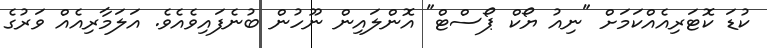
ކުޑަ ކޮޓަރިއެއްކަމަށް "ނިއު ޔޯކް ޕޯސްޓް" އޮންލައިން ނޫހުން ބުނެފައިވެއެވެ. އަލަމާރިއެއް ވަރުގެ